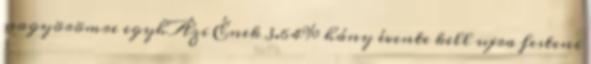
nagyörömre egyhÁzi Ének 3.64% hány évente kell ujra festeni